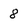
Character: 8